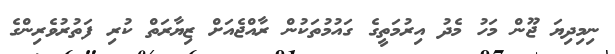
ނިމިދިޔަ ޖޫން މަހު މެދު އިރުމަތީގެ ގައުމުތަކުން ރާއްޖެއަށް ޒިޔާރަތް ކުރި ފަތުރުވެރިންގެ